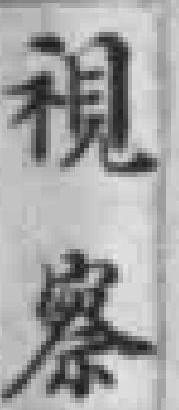
視察